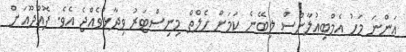
އަންނަ މަހު އެމްބިއުލާންސް ލިބޭނެ ކަމަށް ހެލްތް މިނިސްޓަރު ވިދާޅުވެއްޖެ އެވެ. ފޮއްދޫއަށް